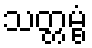
သတ္တမ္ဗံ